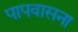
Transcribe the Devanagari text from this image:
पापवासना